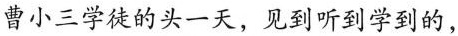
曹小三学徒的头一天，见到听到学到的，